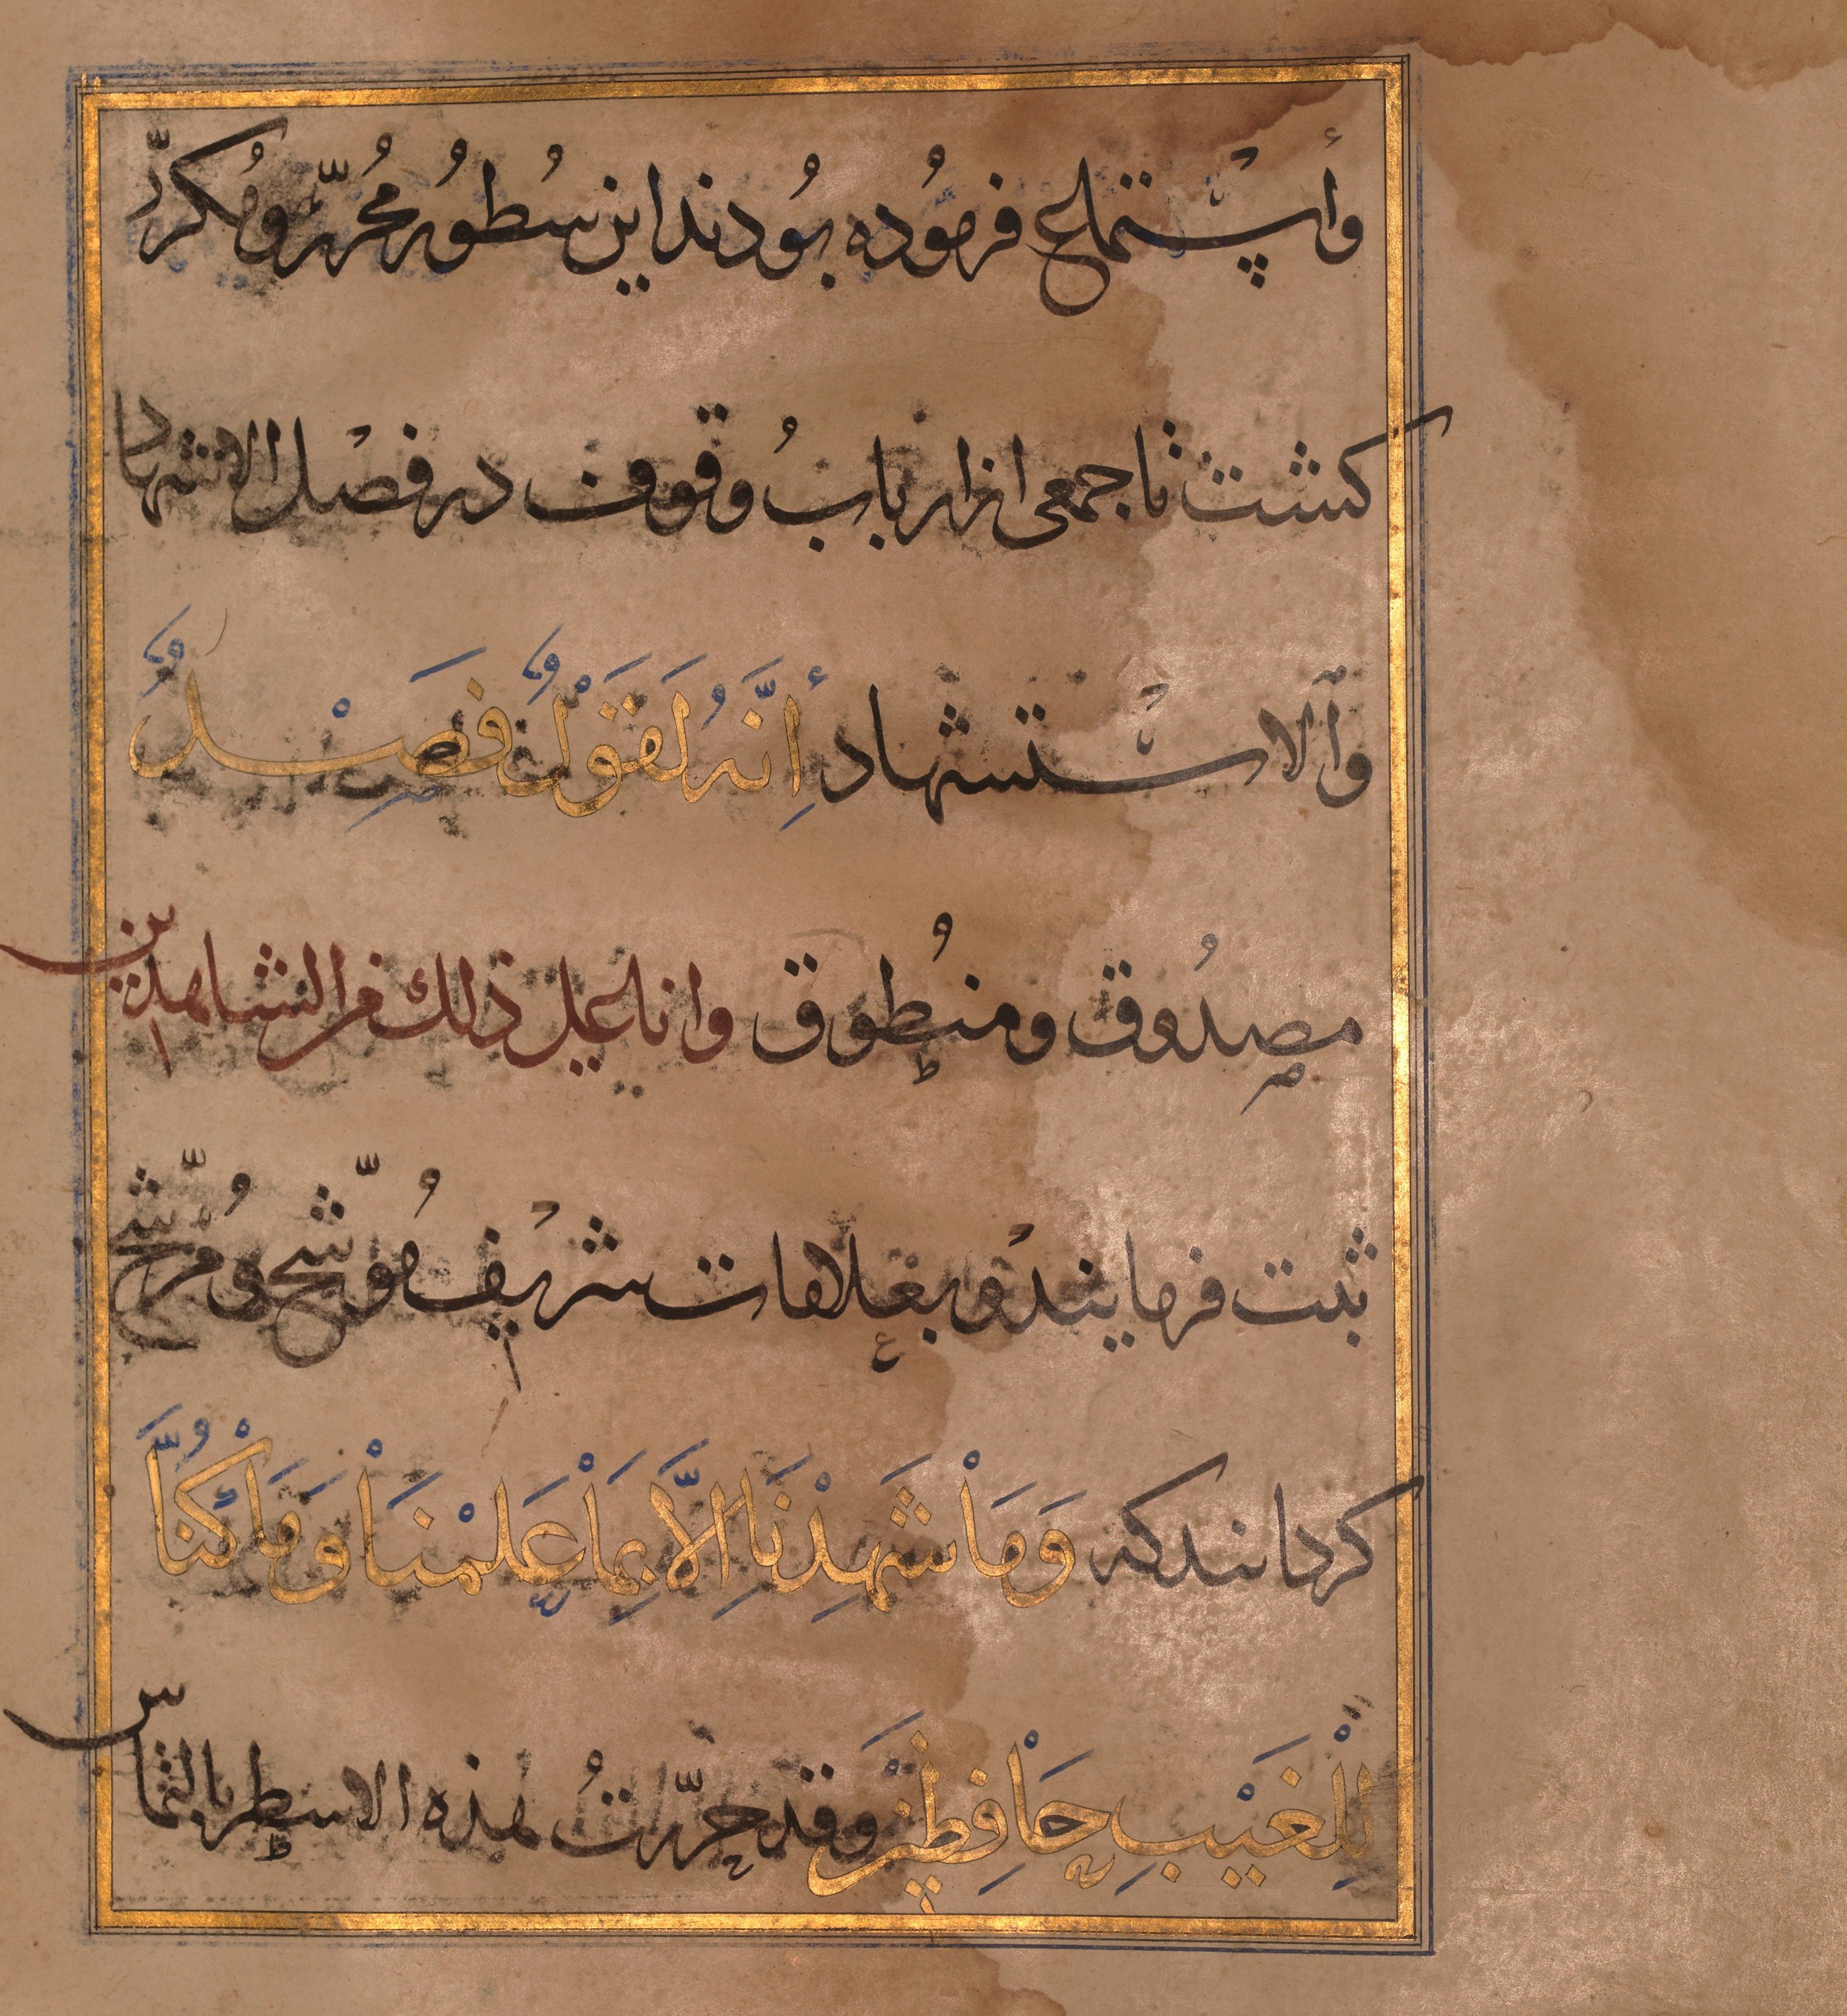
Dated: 1467–1467